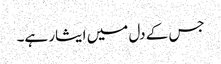
جس کے دل میں ایثار ہے۔